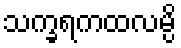
သက္ခရကထလမ္ပိ